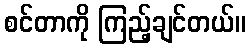
စင်တာကို ကြည့်ချင်တယ်။